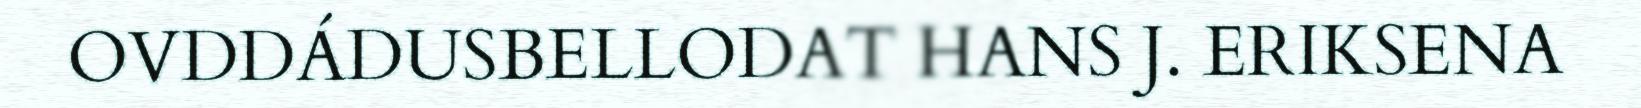
OVDDÁDUSBELLODAT HANS J. ERIKSENA